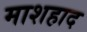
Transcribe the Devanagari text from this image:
माशहाद